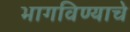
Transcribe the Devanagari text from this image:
भागविण्याचे